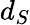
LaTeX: d_{S}